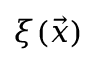
\xi ( \vec { x } )